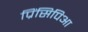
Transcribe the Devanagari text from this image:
प्रिंसिपिआ